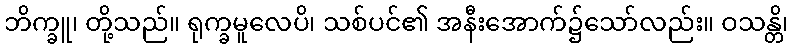
ဘိက္ခူ၊ တို့သည်။ ရုက္ခမူလေပိ၊ သစ်ပင်၏ အနီးအောက်၌သော်လည်း။ ဝသန္တိ၊